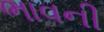
ભાવની